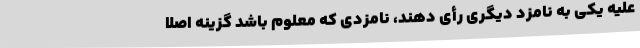
علیه یکی به نامزد دیگری رأی دهند، نامزدی که معلوم باشد گزینه اصلا